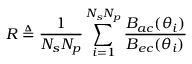
R \triangleq \frac { 1 } { N _ { s } N _ { p } } \sum _ { i = 1 } ^ { N _ { s } N _ { p } } \frac { B _ { a c } ( \boldsymbol \theta _ { i } ) } { B _ { e c } ( \boldsymbol \theta _ { i } ) }